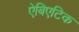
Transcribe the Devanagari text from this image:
ऐबिएटिक